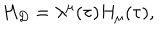
LaTeX: H _ { D } = \lambda ^ { \mu } ( \tau ) H _ { \mu } ( \tau ) ,